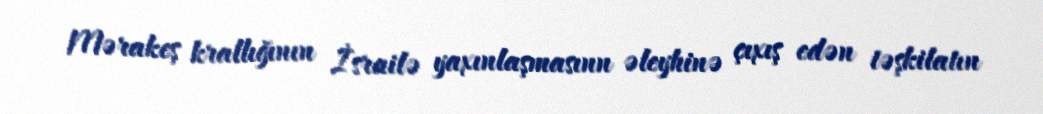
Mərakeş krallığının İsrailə yaxınlaşmasınn əleyhinə çıxış edən təşkilatın